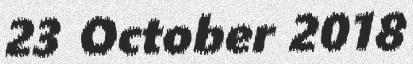
23 October 2018